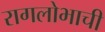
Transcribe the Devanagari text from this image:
रागलोभाची